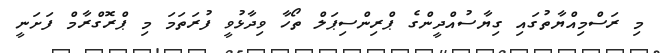
މި ރަސްމިއްޔާތުގައި ގިޔާސުއްދީންގެ ޕްރިންސިޕަލް ތޯހާ ވިދާޅުވީ ފުރަތަމަ މި ޕްރޮގްރާމް ފަށަނީ